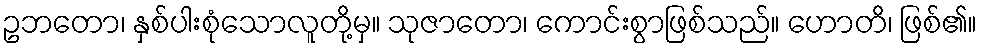
ဥဘတော၊ နှစ်ပါးစုံသောလူတို့မှ။ သုဇာတော၊ ကောင်းစွာဖြစ်သည်။ ဟောတိ၊ ဖြစ်၏။